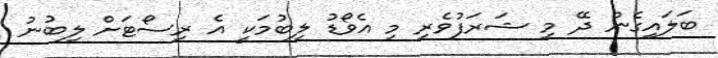
ބަލައިގެން ދޭ މި ޝަރަފުވެރި މި އެވޯޑު ލިބުމަކީ އެ ރިސޯޓަށް ލިބުނު